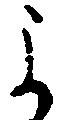
よ